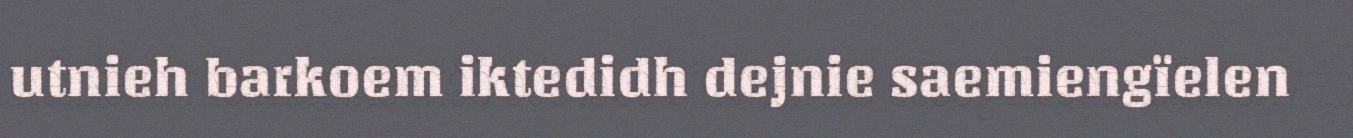
utnieh barkoem iktedidh dejnie saemiengïelen